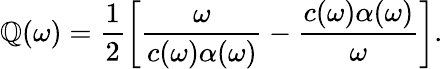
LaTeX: \mathbb{Q}(\omega)=\frac{{1}}{{2}}\left[\frac{{\omega}}{{c(\omega)\alpha(\omega)}}-\frac{{c(\omega)\alpha(\omega)}}{{\omega}}\right].